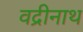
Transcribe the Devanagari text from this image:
वद्रीनाथ